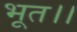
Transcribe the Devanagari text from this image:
भूत।।